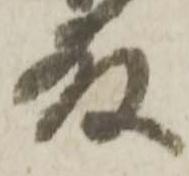
殿